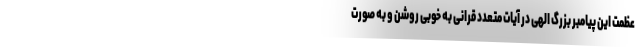
عظمت این پیامبر بزرگ الهی در آیات متعدد قرانی به خوبی روشن و به صورت